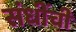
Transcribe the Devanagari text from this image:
संधींची